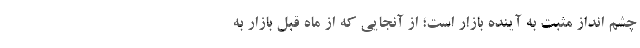
چشم انداز مثبت به آینده بازار است؛ از آنجایی که از ماه قبل بازار به